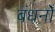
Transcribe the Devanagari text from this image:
बंधनोँ